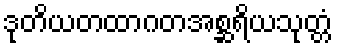
ဒုတိယတထာဂတအစ္ဆရိယသုတ္တံ